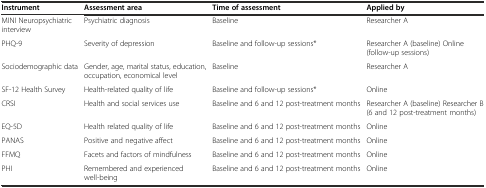
| Instrument | Assessment area | Time of assessment | Applied by |
 | --- | --- | --- | --- |
 | MINI Neuropsychiatric interview | Psychiatric diagnosis | Baseline | Researcher A |
 | PHQ-9 | Severity of depression | Baseline and follow-up sessions* | Researcher A (baseline) Online (follow-up sessions) |
 | Sociodemographic data | Gender, age, marital status, education, occupation, economical level | Baseline | Researcher A |
 | SF-12 Health Survey | Health-related quality of life | Baseline and follow-up sessions* | Online |
 | CRSI | Health and social services use | Baseline and 6 and 12 post-treatment months | Researcher A (baseline) Researcher B (6 and 12 post-treatment months) |
 | EQ-5D | Health related quality of life | Baseline and 6 and 12 post-treatment months | Online |
 | PANAS | Positive and negative affect | Baseline and 6 and 12 post-treatment months | Online |
 | FFMQ | Facets and factors of mindfulness | Baseline and 6 and 12 post-treatment months | Online |
 | PHI | Remembered and experienced well-being | Baseline and 6 and 12 post-treatment months | Online |